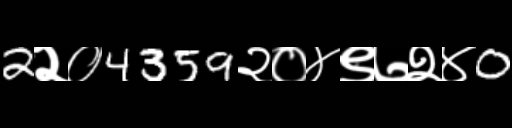
Text: 2२०4359२०४९७२४0